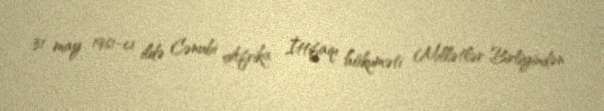
31 may 1961-ci ildə Cənubi Afrika İttifaqı hökuməti Millətlər Birliyindən